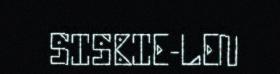
SISBIE-LEN